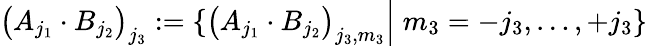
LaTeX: \big(A_{j_{1}}\cdot B_{j_{2}}\big)_{j_{3}}:=\left\{ \big(A_{j_{1}}\cdot B_{j_{2}}\big)_{j_{3},m_{3}}\Big|\; m_{3}=-j_{3},\dots,+j_{3}\right\}